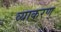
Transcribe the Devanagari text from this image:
व्याकरण्